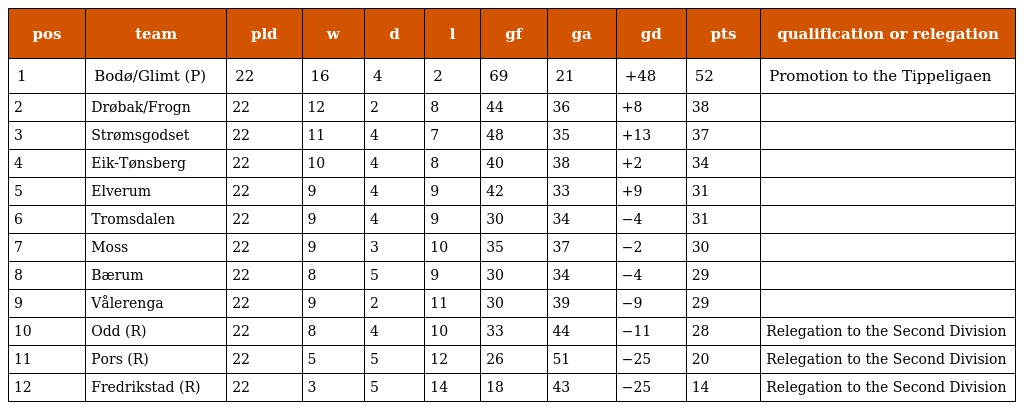
| pos | team | pld | w | d | l | gf | ga | gd | pts | qualification or relegation |
 | --- | --- | --- | --- | --- | --- | --- | --- | --- | --- | --- |
 | 1 | Bodø/Glimt (P) | 22 | 16 | 4 | 2 | 69 | 21 | +48 | 52 | Promotion to the Tippeligaen |
 | 2 | Drøbak/Frogn | 22 | 12 | 2 | 8 | 44 | 36 | +8 | 38 |  |
 | 3 | Strømsgodset | 22 | 11 | 4 | 7 | 48 | 35 | +13 | 37 |  |
 | 4 | Eik-Tønsberg | 22 | 10 | 4 | 8 | 40 | 38 | +2 | 34 |  |
 | 5 | Elverum | 22 | 9 | 4 | 9 | 42 | 33 | +9 | 31 |  |
 | 6 | Tromsdalen | 22 | 9 | 4 | 9 | 30 | 34 | −4 | 31 |  |
 | 7 | Moss | 22 | 9 | 3 | 10 | 35 | 37 | −2 | 30 |  |
 | 8 | Bærum | 22 | 8 | 5 | 9 | 30 | 34 | −4 | 29 |  |
 | 9 | Vålerenga | 22 | 9 | 2 | 11 | 30 | 39 | −9 | 29 |  |
 | 10 | Odd (R) | 22 | 8 | 4 | 10 | 33 | 44 | −11 | 28 | Relegation to the Second Division |
 | 11 | Pors (R) | 22 | 5 | 5 | 12 | 26 | 51 | −25 | 20 | Relegation to the Second Division |
 | 12 | Fredrikstad (R) | 22 | 3 | 5 | 14 | 18 | 43 | −25 | 14 | Relegation to the Second Division |